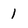
Character: 1